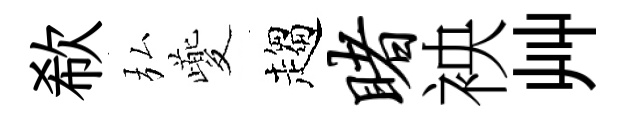
欷弘夔趨睹䘧艸